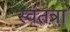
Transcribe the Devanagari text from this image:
स्वंतत्रा